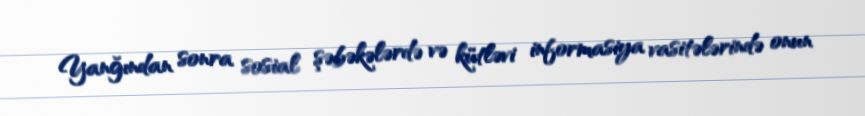
Yanğından sonra sosial şəbəkələrdə və kütləvi informasiya vasitələrində onun